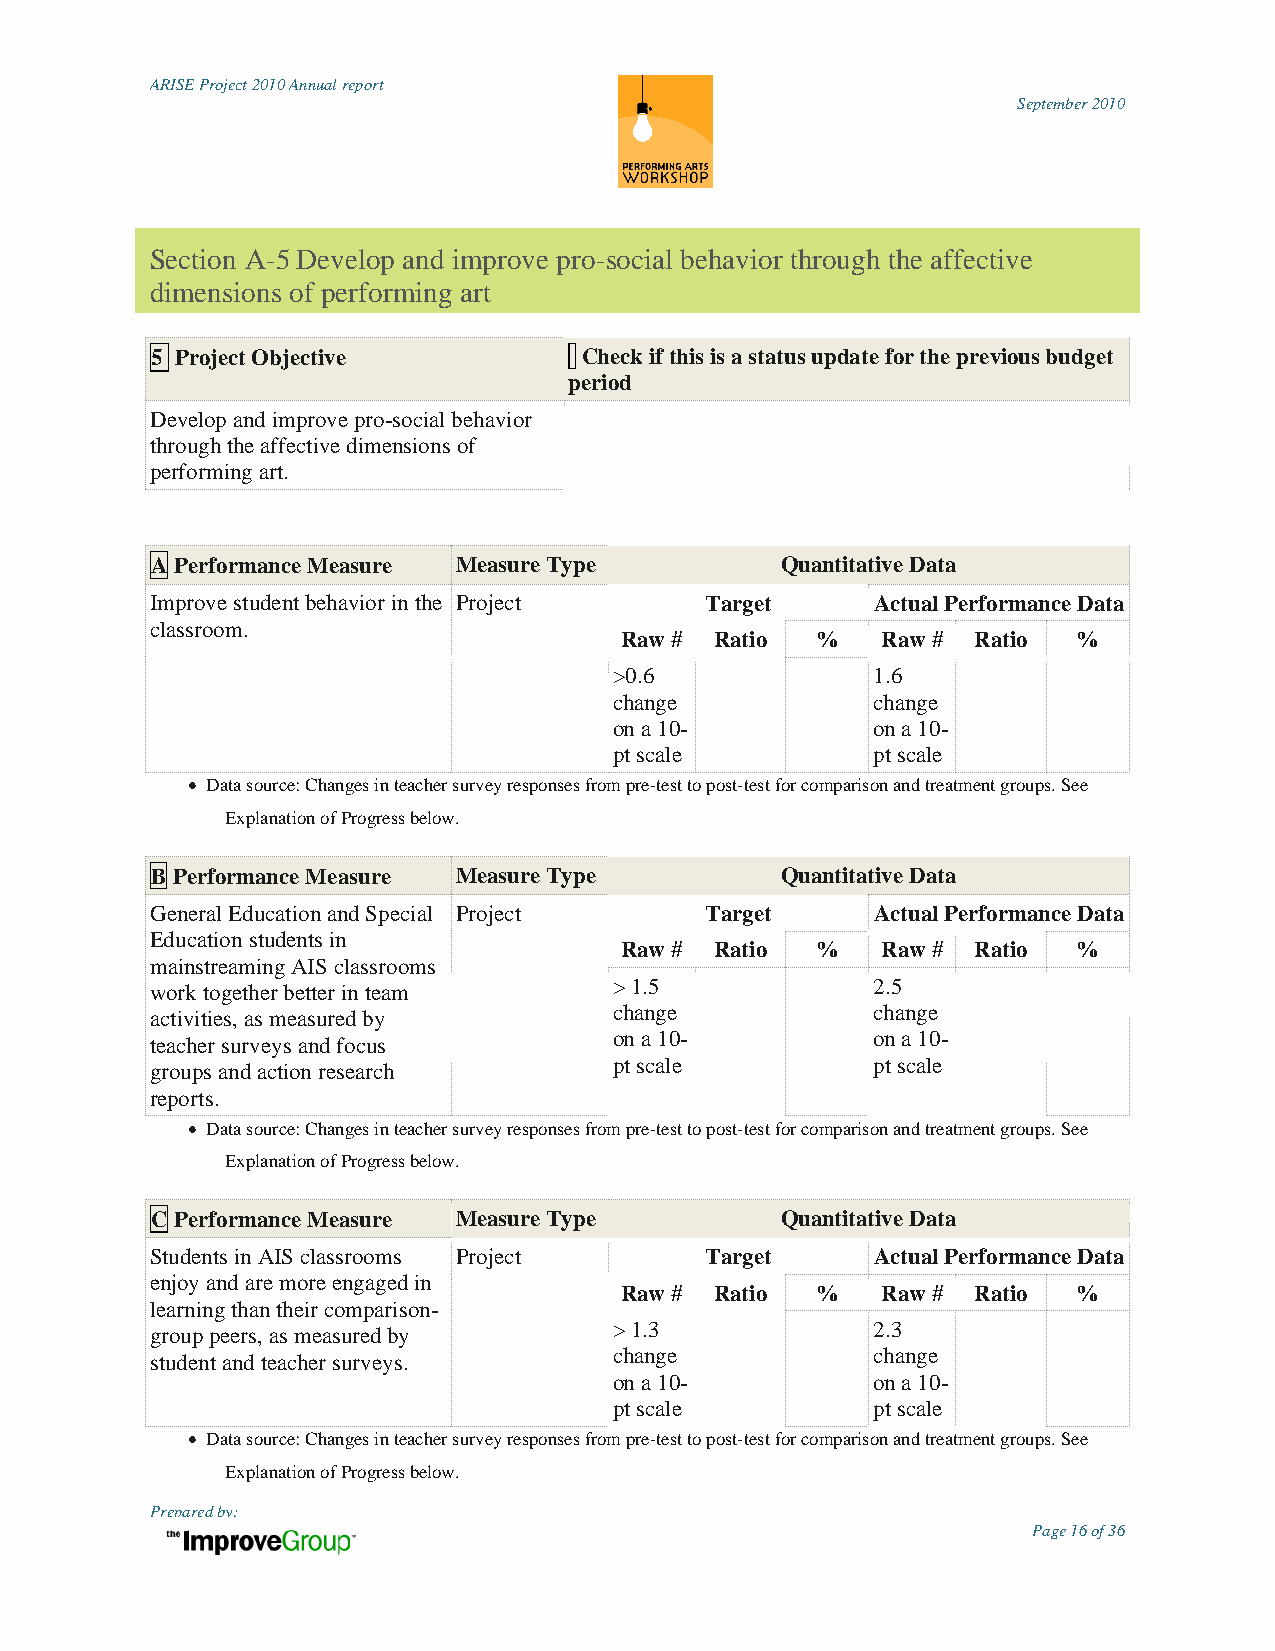
ARISE Project 2010 Annual report
 September 2010
 Section A-5 Develop and improve pro-social behavior through the affective
 dimensions of performing art
 5 Project Objective          Check if this is a status update for the previous budget
 period
 Develop and improve pro-social behavior
 through the affective dimensions of
 performing art.
 A Performance Measure Measure Type        Quantitative Data
 Improve student behavior in the Project Target  Actual Performance Data
 classroom.
 Raw # Ratio  %   Raw #  Ratio %
 >0.6             1.6
 change           change
 on a 10-         on a 10-
 pt scale         pt scale
  Data source: Changes in teacher survey responses from pre-test to post-test for comparison and treatment groups. See
 Explanation of Progress below.
 B Performance Measure Measure Type        Quantitative Data
 General Education and Special Project Target    Actual Performance Data
 Education students in
 Raw # Ratio  %   Raw #  Ratio %
 mainstreaming AIS classrooms
 > 1.5            2.5
 work together better in team
 change           change
 activities, as measured by
 on a 10-         on a 10-
 teacher surveys and focus
 groups and action research     pt scale         pt scale
 reports.
  Data source: Changes in teacher survey responses from pre-test to post-test for comparison and treatment groups. See
 Explanation of Progress below.
 C Performance Measure Measure Type        Quantitative Data
 Students in AIS classrooms Project   Target     Actual Performance Data
 enjoy and are more engaged in
 Raw # Ratio  %   Raw #  Ratio %
 learning than their comparison-
 > 1.3            2.3
 group peers, as measured by
 change           change
 student and teacher surveys.
 on a 10-         on a 10-
 pt scale         pt scale
  Data source: Changes in teacher survey responses from pre-test to post-test for comparison and treatment groups. See
 Explanation of Progress below.
 Prepared by:
 Page 16 of 36